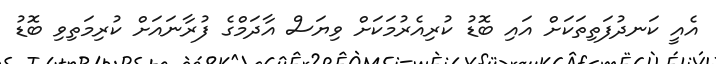
އެއީ ކަނދުފަތިތަކަށް އައި ބޮޑު ކުރިއެރުމަކަށް ވިޔަސް އާދަމްގެ ފުރާނައަށް ކުރިމަތިވި ބޮޑު